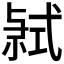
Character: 𭚤